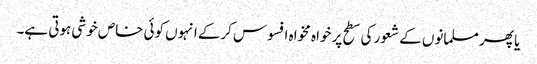
یا پھر مسلمانوں کے شعور کی سطح پر خواہ مخواہ افسوس کرکے انہوں کوئی خاص خوشی ہوتی ہے۔